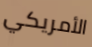
الأمريكي